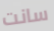
سانت